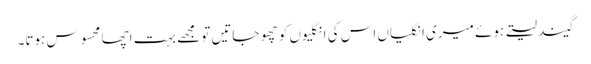
گیند لیتے ہوئے میری انگلیاں اس کی انگلیوں کو چھو جاتیں تو مجھے بہت اچھا محسوس ہوتا۔